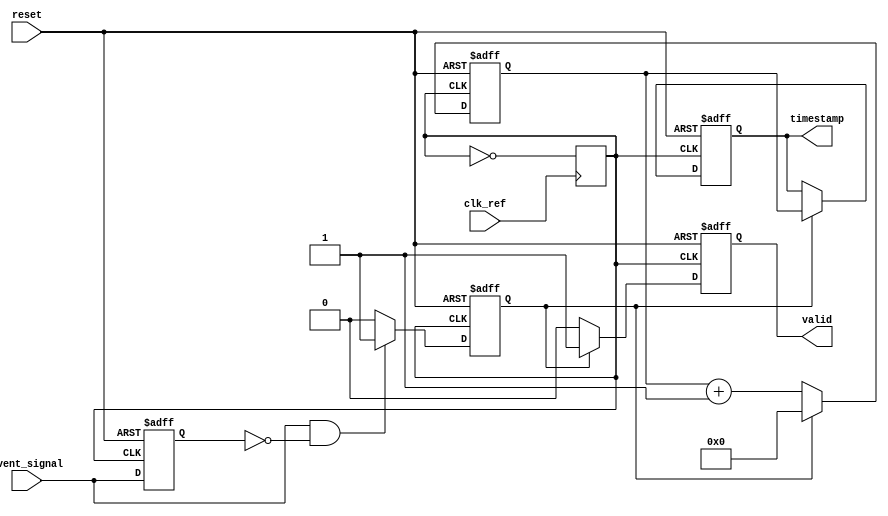
module TDC(
    input wire clk_ref,          // Reference clock input
    input wire event_signal,     // Input event signal
    input wire reset,            // Reset signal
    output reg [15:0] timestamp, // 16-bit timestamp output
    output reg valid             // Output valid flag
);

    // Internal signals
    reg [15:0] counter;          // High-frequency counter
    reg event_detected;          // Event detection flag
    reg clk_pll;                 // PLL output clock

    // PLL simulation (This is a placeholder. In practice, this would be instantiated as a PLL module)
    always @(posedge clk_ref) begin
        clk_pll <= ~clk_pll; // Toggle for simulation purposes
    end

    // Edge detection for the event signal
    reg event_signal_prev;
    always @(posedge clk_pll or posedge reset) begin
        if (reset) begin
            event_signal_prev <= 1'b0; 
            event_detected <= 1'b0;
        end else begin
            event_signal_prev <= event_signal;
            if (event_signal && !event_signal_prev) begin
                event_detected <= 1'b1; // Rising edge detected
            end else begin
                event_detected <= 1'b0;
            end
        end
    end

    // High-frequency counter
    always @(posedge clk_pll or posedge reset) begin
        if (reset) begin
            counter <= 16'b0;
        end else if (event_detected) begin
            counter <= 16'b0; // Reset counter on event detection
        end else begin
            counter <= counter + 1; // Increment counter
        end
    end

    // Timestamp generation and output register
    always @(posedge clk_pll or posedge reset) begin
        if (reset) begin
            timestamp <= 16'b0;
            valid <= 1'b0;
        end else if (event_detected) begin
            timestamp <= counter; // Latch the counter value as timestamp
            valid <= 1'b1;        // Set valid flag
        end else begin
            valid <= 1'b0;        // Clear valid flag if no event detected
        end
    end

endmodule